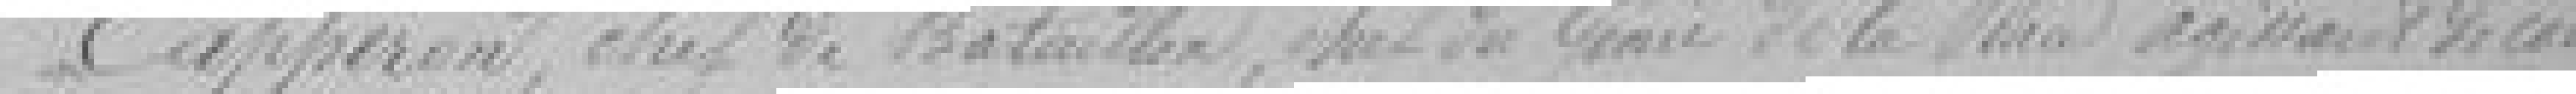
Capperoni, chef de bataillon, chef du Génie de la place agissant d'une